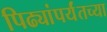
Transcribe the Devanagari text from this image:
पिढ्यांपर्यंतच्या